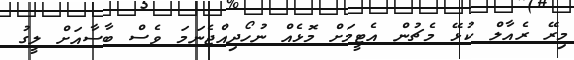
މިރޭ ރެއާލް ކުޅޭ މެޗުން އެޓީމަށް މޮޅެއް ނުހޯދިއްޖެނަމަ ވެސް ބާސާއަށް ލީގު